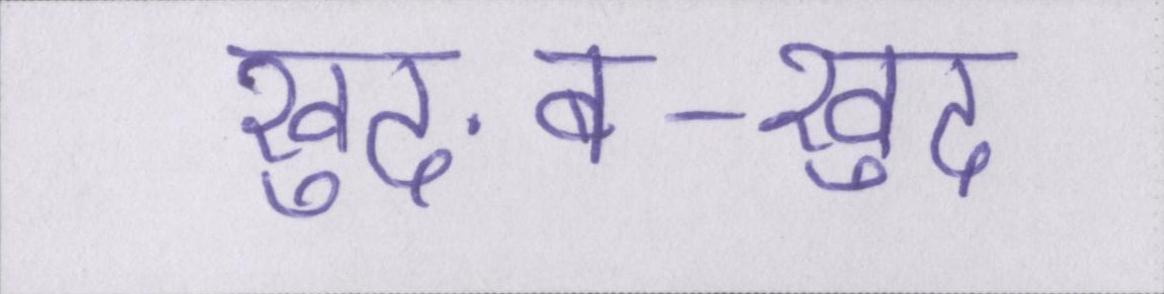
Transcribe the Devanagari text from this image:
खुद-ब-खुद